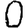
Digit: 0